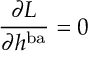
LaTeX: \frac { \partial { \cal L } } { \partial h ^ { \mathrm { b a } } } = 0